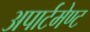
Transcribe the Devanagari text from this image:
अपार्टमेण्ट